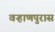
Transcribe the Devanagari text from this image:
वऱ्हाणपुरास